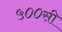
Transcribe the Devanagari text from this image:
५००सी